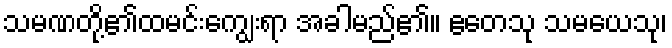
သမဏတို့၏ထမင်းကျွေးရာ အခါမည်၏။ ဧတေသု သမယေသု၊